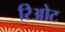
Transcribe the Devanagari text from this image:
रिओट